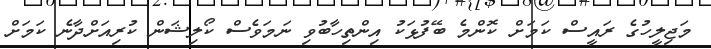
މަޖިލީހުގެ ރައީސް ކަމަށް ކޮންމެ ބޭފުޅަކު އިންތިހާބުވި ނަަމަވެސް ކޯލިޝަން ކުރިއަަށްދާނެ ކަމަށް